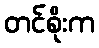
တင်စိုးက